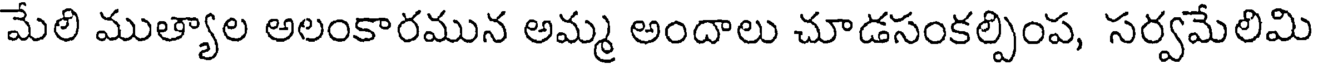
మేలి ముత్యాల అలంకారమున అమ్మ అందాలు చూడసంకల్పింప, సర్వమేలిమి